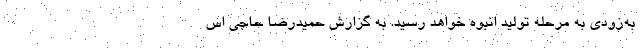
به‌زودی به مرحله تولید انبوه خواهد رسید. به گزارش حمیدرضا حاجی اس